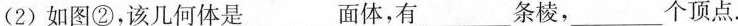
(2)如图①，长方体中有___个面体，___条棱，___个顶点.